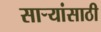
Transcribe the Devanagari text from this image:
सार्‍यांसाठी